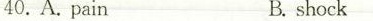
40.A. painB. shock